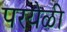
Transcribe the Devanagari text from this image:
परयेळी